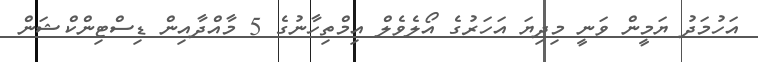
އަހުމަދު ޔަމީން ވަނީ މިދިޔަ އަހަރުގެ އޯލެވެލް އިމްތިހާނުގެ 5 މާއްދާއިން ޑިސްޓިންކްޝަން